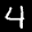
Label: 4